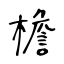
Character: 檐